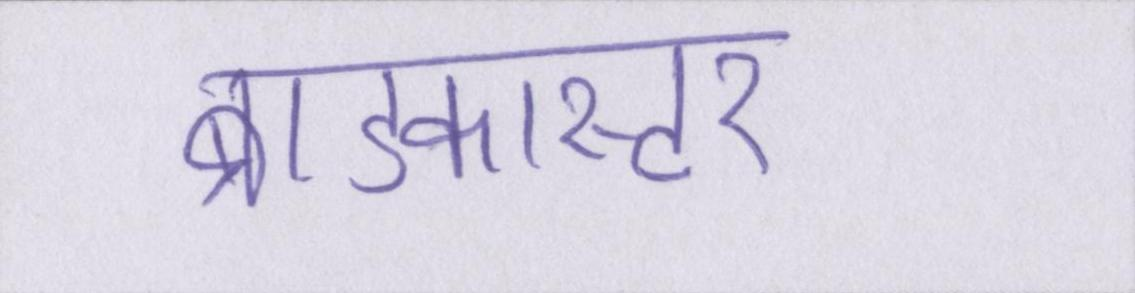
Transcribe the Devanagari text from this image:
ब्राडकास्टर